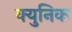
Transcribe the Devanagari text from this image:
क्युनिक